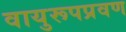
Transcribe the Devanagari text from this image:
वायुरूपप्रवण